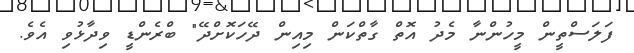
ފަލަސްތީން މީހުންނާ މެދު އޮތް ގާތްކަން މިއިން ދޭހަކޮށްދޭ" ބްރެންޑީ ވިދާޅުވި އެވެ.